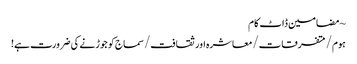
~ مضامین ڈاٹ کام
ہوم/متفرقات/معاشرہ اور ثقافت/سماج کو جوڑنے کی ضرورت ہے!